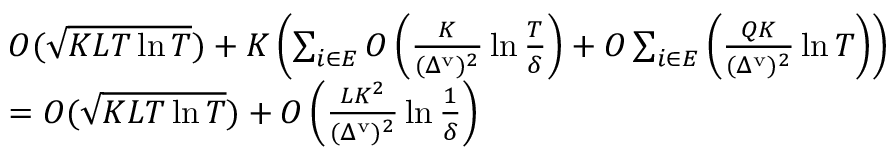
\begin{array} { r l } & { O ( \sqrt { K L T \ln T } ) + K \left( \sum _ { i \in E } O \left( \frac { K } { ( \Delta ^ { \mathrm { v } } ) ^ { 2 } } \ln \frac { T } { \delta } \right) + O \sum _ { i \in E } \left( \frac { Q K } { ( \Delta ^ { \mathrm { v } } ) ^ { 2 } } \ln T \right) \right) } \\ & { = O ( \sqrt { K L T \ln T } ) + O \left( \frac { L K ^ { 2 } } { ( \Delta ^ { \mathrm { v } } ) ^ { 2 } } \ln \frac { 1 } { \delta } \right) } \end{array}